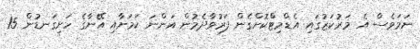
ނަމަވެސް އެ މަރުކަޒުގައި އެޑްމިޓްކޮށްގެން ފަރުވާދެމުން އަންނަ ކަމަށާއި އޭނާގެ ހަށިގަނޑުން 15